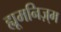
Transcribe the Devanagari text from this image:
ह्यूमनिज़्म